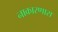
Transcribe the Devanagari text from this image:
नाकारणारा